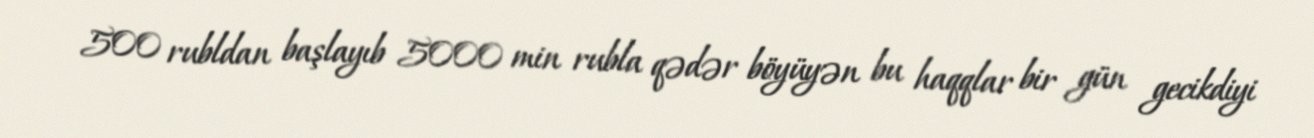
500 rubldan başlayıb 5000 min rubla qədər böyüyən bu haqqlar bir gün gecikdiyi